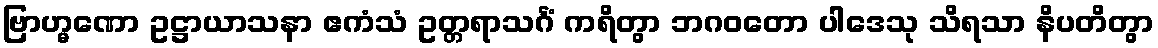
ဗြာဟ္မဏော ဥဋ္ဌာယာသနာ ဧကံသံ ဥတ္တရာသင်္ဂံ ကရိတွာ ဘဂဝတော ပါဒေသု သိရသာ နိပတိတွာ